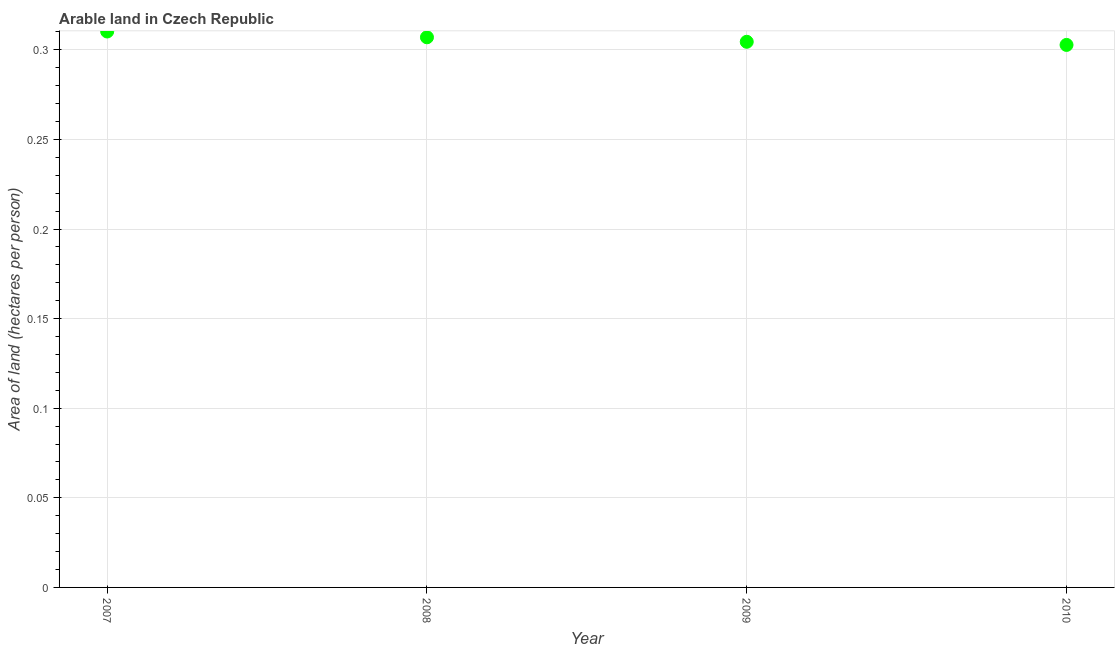
| Year | Arable land |
 | --- | --- |
 | 2007 | 0.31 |
 | 2008 | 0.307 |
 | 2009 | 0.304 |
 | 2010 | 0.303 |